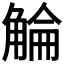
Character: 𧣵